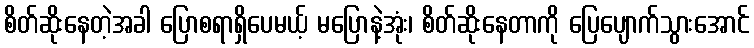
စိတ်ဆိုးနေတဲ့အခါ ပြောစရာရှိပေမယ့် မပြောနဲ့အုံး၊ စိတ်ဆိုးနေတာကို ပြေပျောက်သွားအောင်